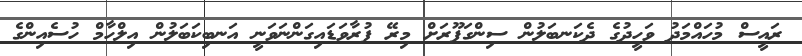
ރައީސް މުހައްމަދު ވަހީދުގެ ދެކަނބަލުން ސިންގަޕޫރަށް މިރޭ ފުރާވަޑައިގަންނަވަނީ އަނބިކަބަލުން އިލްހާމް ހުސެއިންގެ